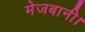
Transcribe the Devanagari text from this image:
मेजबानी।